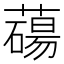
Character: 𦿆